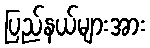
ပြည်နယ်များအား